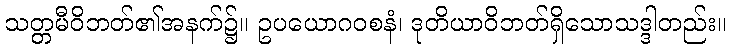
သတ္တမီဝိဘတ်၏အနက်၌။ ဥပယောဂဝစနံ၊ ဒုတိယာဝိဘတ်ရှိသောသဒ္ဒါတည်း။